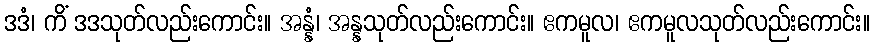
ဒဒံ၊ ကိံ ဒဒသုတ်လည်းကောင်း။ အန္နံ၊ အန္နသုတ်လည်းကောင်း။ ဧကမူလ၊ ဧကမူလသုတ်လည်းကောင်း။